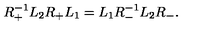
R _ { + } ^ { - 1 } L _ { 2 } R _ { + } L _ { 1 } = L _ { 1 } R _ { - } ^ { - 1 } L _ { 2 } R _ { - } .